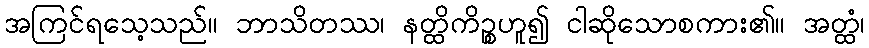
အကြင်ရသေ့သည်။ ဘာသိတဿ၊ နတ္ထိကိဉ္စဟူ၍ ငါဆိုသောစကား၏။ အတ္ထံ၊